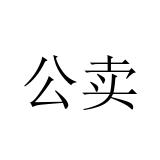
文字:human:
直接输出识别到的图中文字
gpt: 公卖